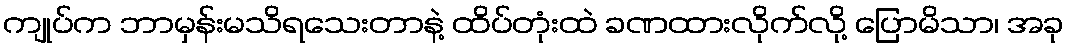
ကျုပ်က ဘာမှန်းမသိရသေးတာနဲ့ ထိပ်တုံးထဲ ခဏထားလိုက်လို့ ပြောမိသာ၊ အခု